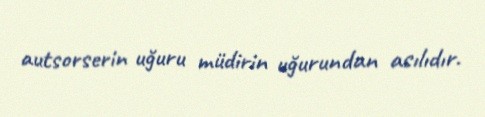
autsorserin uğuru müdirin uğurundan asılıdır.